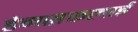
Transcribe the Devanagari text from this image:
डेमसफलाई